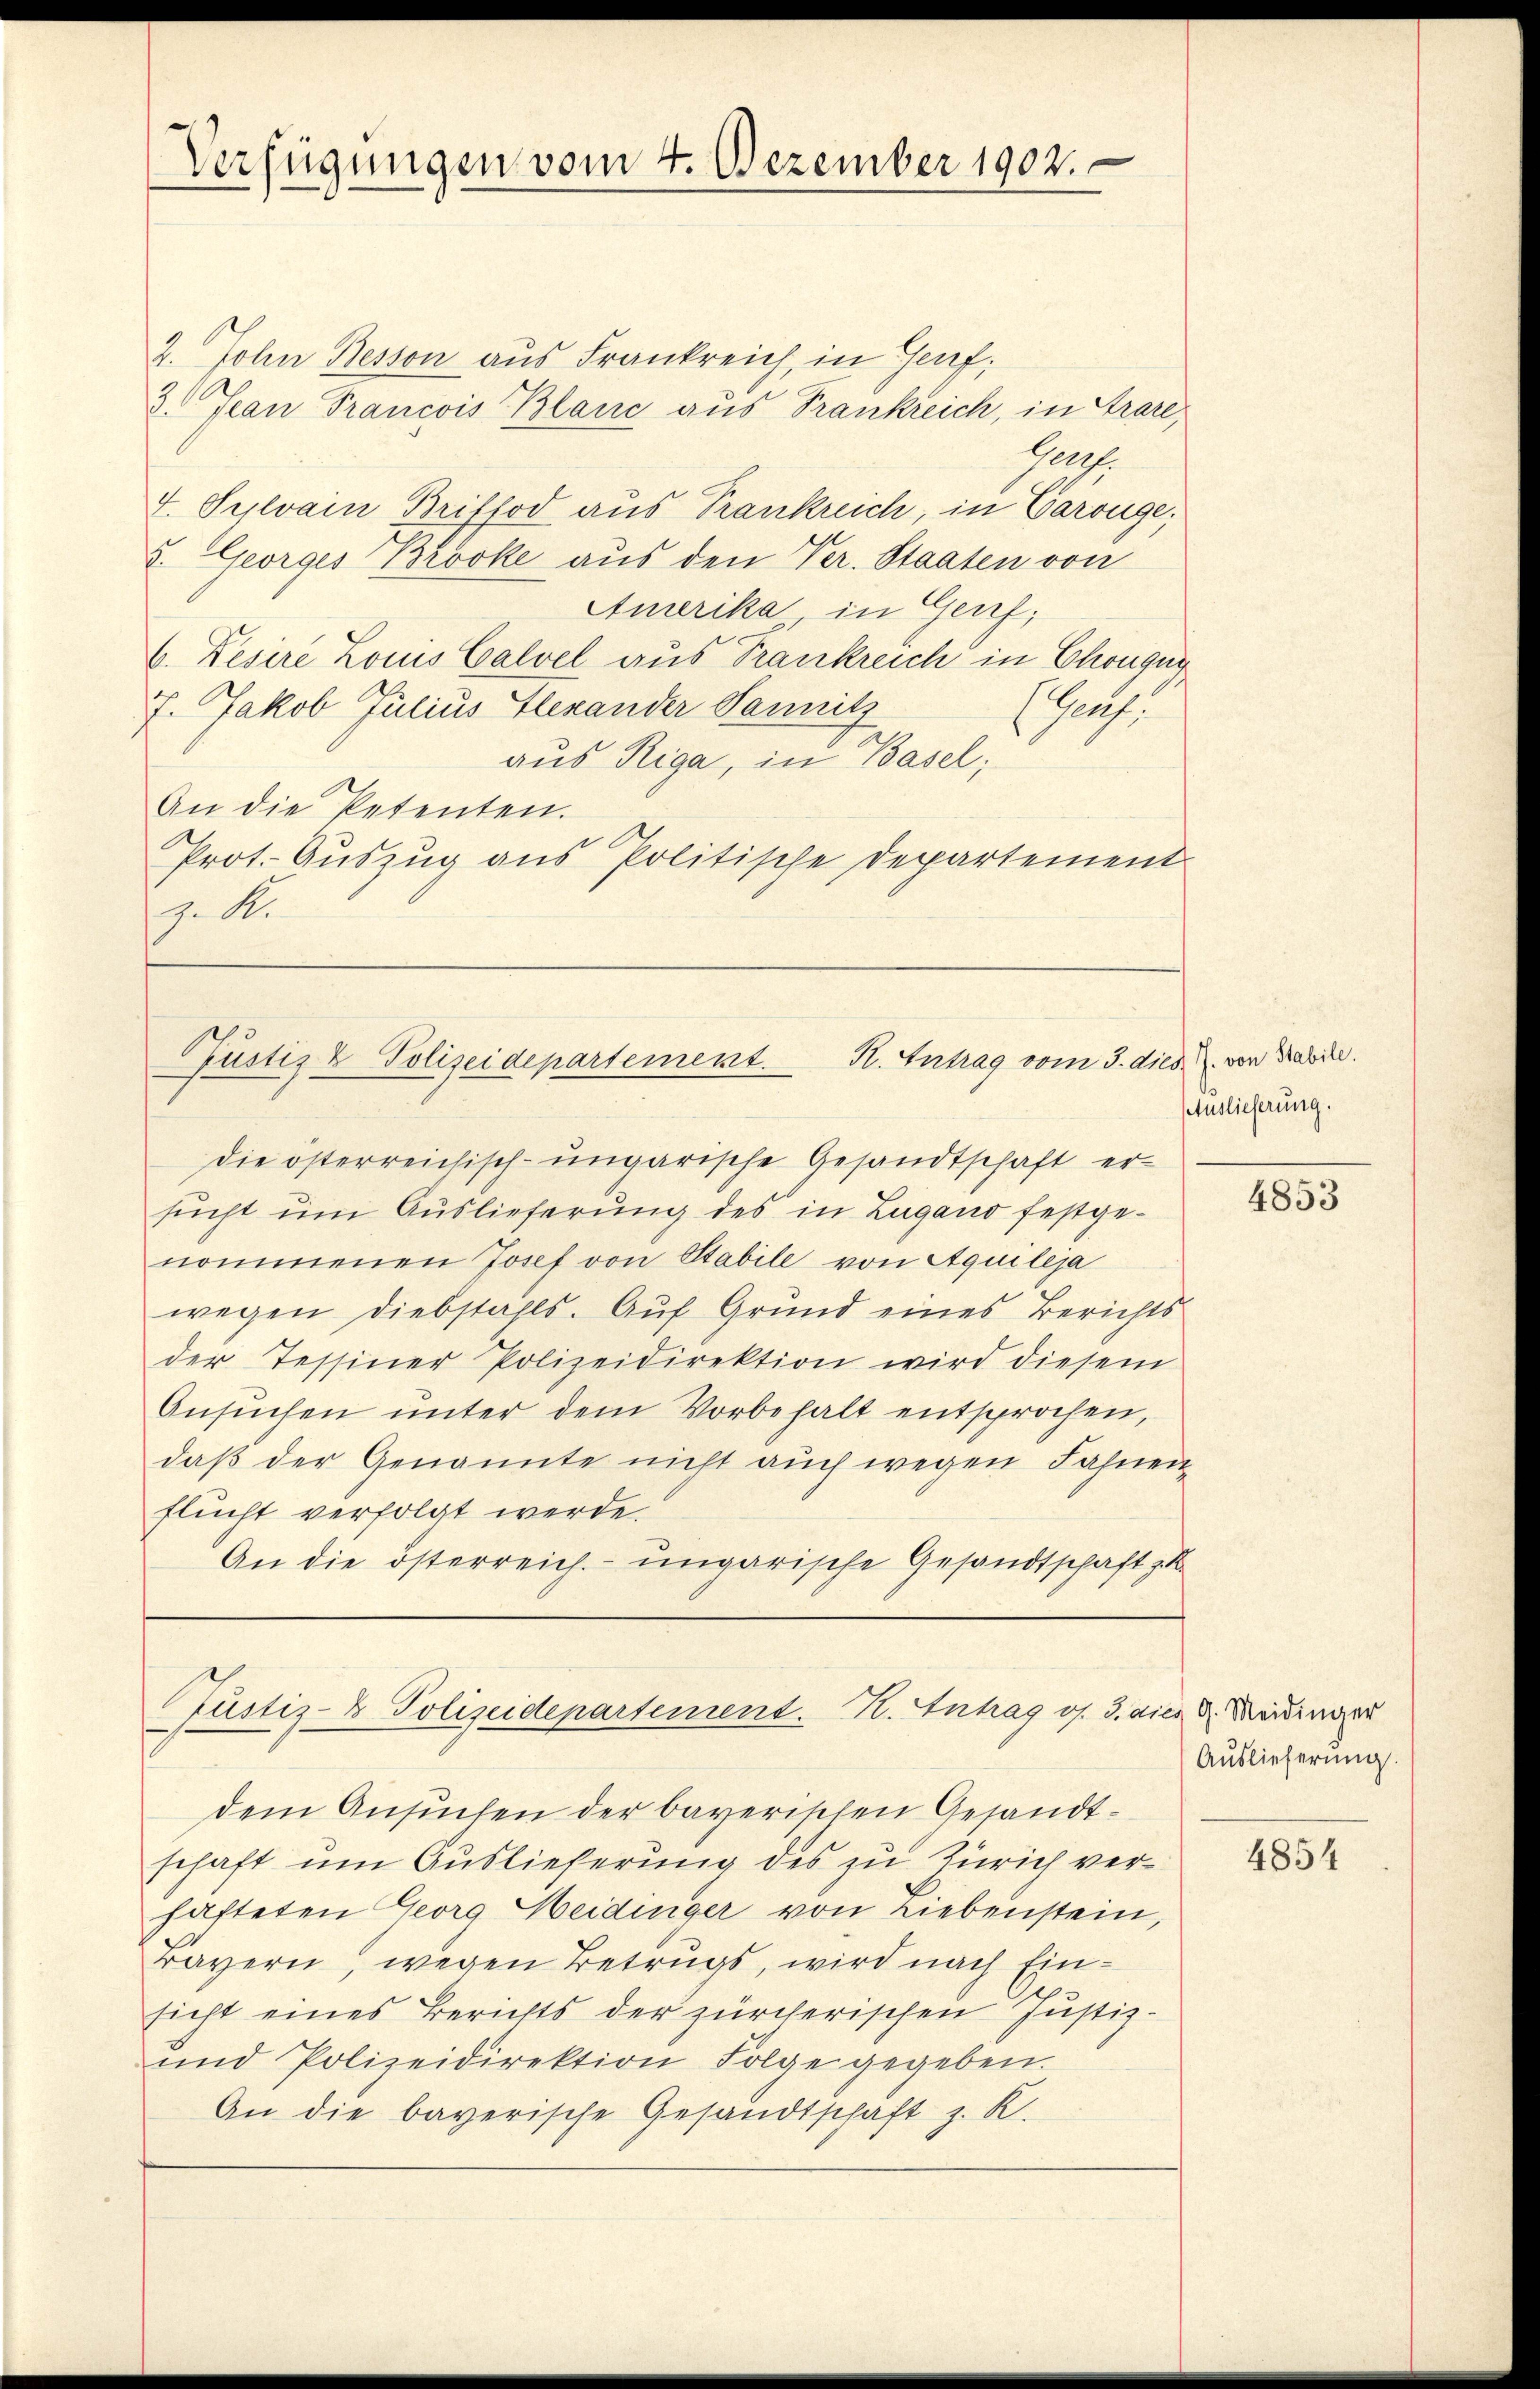
2. John Besson aus Frankreich, in Genf,
3 Jean Francois Blanc aus Trankreich, in Grare,
Patt.
V. Sylvain Briffod aus Trankreich, in Carouge.
5. Georges Brocke aus den Ver. Staaten von
Amerika in Genf;
6. Lesere Louis Calvel aus Frankreich in Chougur
7. Jakob Julius Alexander Sanitz
Prof.
aus Riga, in Basel;
An die Petenten.
Prot. Auszug aus Politische Departement
z. R.

Verfügungen vom 4. Dezember 1902.

K. Antrag vom 3. dies J. von Trabile.
Prustiz & Polizeidepartement.

die österreichisch-ungarische Gesandtschaft ersucht um Auslieferung des in Zugano festgenommenen Josef von Stabile von Aquileja
wegen Diebstahls. Auf Grund eines Berichts
der Tessiner Polizeidirektion wird diesem
Ansŭchen ŭnter dem Vorbehalt entsprochen,
daß der Genannte nicht auch wegen Fahnenflucht verfolgt werde.
An die österreich. ungarische Gesandtschaft zu

Justiz- & Polizeidepartement. H. Antrag os. 3. a.

dem Ansuchen der bayerischen Gesandtschaft um Auslieferung des zu Zürich verhafteten Georg Heidinger von Liebenstein,
Bayern, wegen Betrugs, wird nach Einsicht eines Berichts der zürcherischen Justiz-
und Polizeidirektion Folge gegeben.
An die bayerische Gesandtschaft z. K.

Auslieferung.

4853

es 9. Meidinger
Auslieferung.

4854